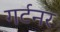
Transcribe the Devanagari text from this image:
गर्टनर